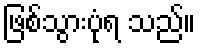
ဖြစ်သွားပုံရ သည်။